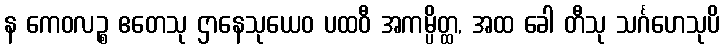
န ကေဝလဉ္စ ဧတေသု ဌာနေသုယေဝ ပထဝီ အကမ္ပိတ္ထ, အထ ခေါ တီသု သင်္ဂဟေသုပိ